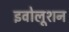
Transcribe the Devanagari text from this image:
इवोलूशन